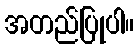
အတည်ပြုပါ။